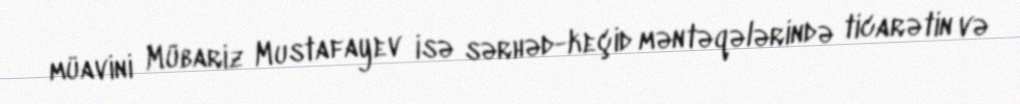
müavini Mübariz Mustafayev isə sərhəd-keçid məntəqələrində ticarətin və